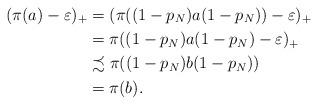
LaTeX: \begin{align*}(\pi(a)-\varepsilon)_+&=(\pi((1-p_N)a(1-p_N))-\varepsilon)_+\\&=\pi((1-p_N)a(1-p_N)-\varepsilon)_+\\&\precsim \pi((1-p_N)b(1-p_N))\\&=\pi(b).\end{align*}